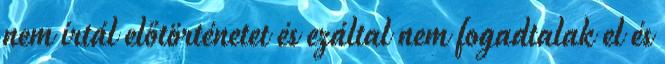
nem írtál előtörténetet és ezáltal nem fogadtalak el és